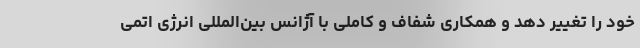
خود را تغییر دهد و همکاری شفاف و کاملی با آژانس بین‌المللی انرژی اتمی